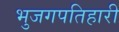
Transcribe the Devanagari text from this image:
भुजगपतिहारी